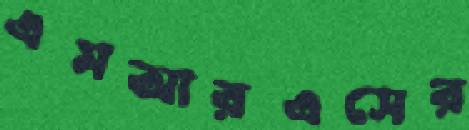
এমআরএসের